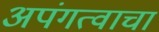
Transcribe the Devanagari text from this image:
अपंगत्वाचा